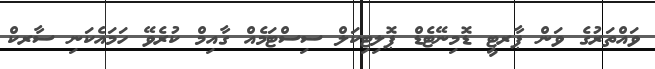
ވައްތަރުގެ ވަން ޕާރޓީ ޑޮމިނޭޓެޑް ޕޮލިޓިކަލް ސިސްޓަމެއް ގާއިމް ކުރެވޭ ހަމައެކަނި ސާރކް